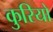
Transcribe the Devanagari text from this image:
कुरियो